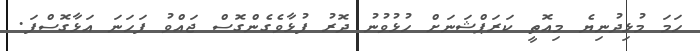
ހަމަ މުޅިދުނިޔެ މިއޮތީ ކަރަޕްޝަނަށް ހުޅުވުނު ދޮރު ފުޅާވެގެންގޮސް ޖައްވު ފަހަނަ އަޅާގޮސްފަ.